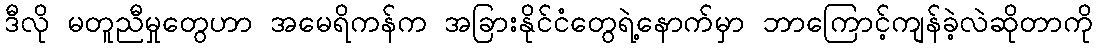
ဒီလို မတူညီမှုတွေဟာ အမေရိကန်က အခြားနိုင်ငံတွေရဲ့နောက်မှာ ဘာကြောင့်ကျန်ခဲ့လဲဆိုတာကို